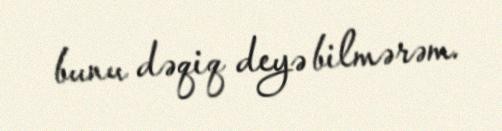
bunu dəqiq deyə bilmərəm.